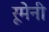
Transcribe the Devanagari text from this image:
रूमेनी